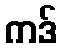
ကဒ်